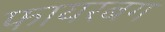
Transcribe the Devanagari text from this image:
फायरबग